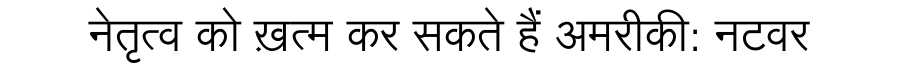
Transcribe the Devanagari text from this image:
नेतृत्व को ख़त्म कर सकते हैं अमरीकी: नटवर